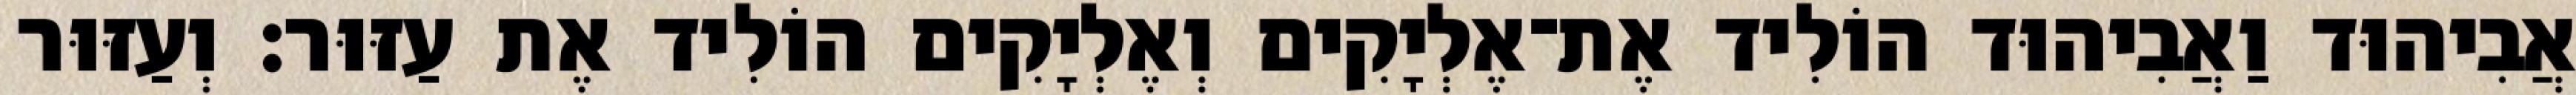
אֲבִיהוּד וַאֲבִיהוּד הוֹלִיד אֶת־אֶלְיָקִים וְאֶלְיָקִים הוֹלִיד אֶת עַזּוּר׃ וְעַזּוּר